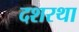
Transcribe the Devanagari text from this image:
दशरथा